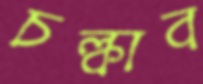
চল্‌কাব